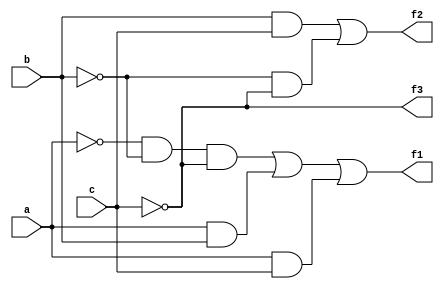
module system(a,b,c,f1,f2,f3);
input a,b,c;
output f1,f2,f3;
assign f1=(!a&&!b&&!c)||(a&&b)||(a&&c);
assign f2=(b&&c)||(!b&&!c);
assign f3=!c;
endmodule